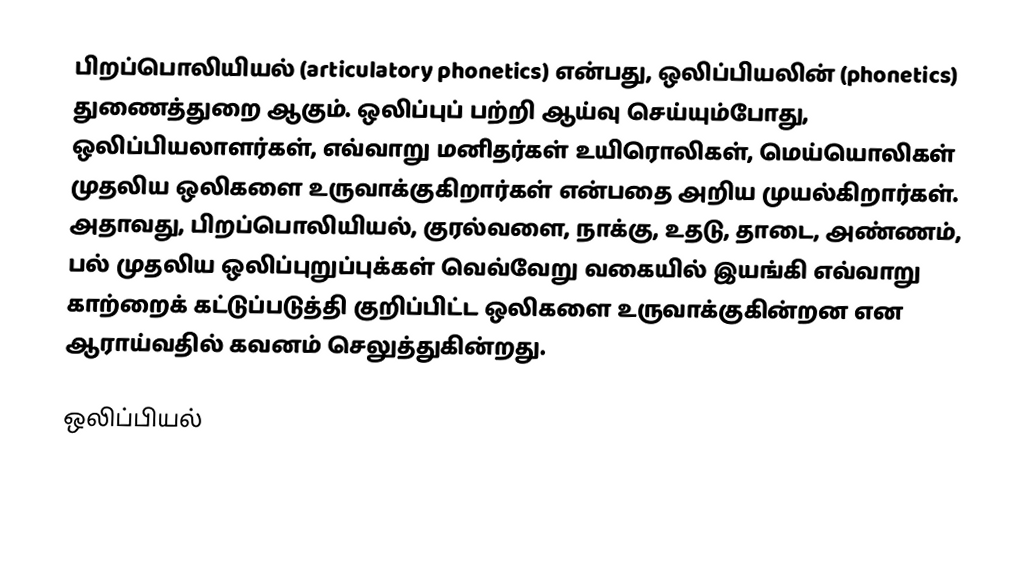
பிறப்பொலியியல் (articulatory phonetics) என்பது, ஒலிப்பியலின் (phonetics) துணைத்துறை ஆகும். ஒலிப்புப் பற்றி ஆய்வு செய்யும்போது, ஒலிப்பியலாளர்கள், எவ்வாறு மனிதர்கள் உயிரொலிகள், மெய்யொலிகள் முதலிய ஒலிகளை உருவாக்குகிறார்கள் என்பதை அறிய முயல்கிறார்கள். அதாவது, பிறப்பொலியியல், குரல்வளை, நாக்கு, உதடு, தாடை, அண்ணம், பல் முதலிய ஒலிப்புறுப்புக்கள் வெவ்வேறு வகையில் இயங்கி எவ்வாறு காற்றைக் கட்டுப்படுத்தி குறிப்பிட்ட ஒலிகளை உருவாக்குகின்றன என ஆராய்வதில் கவனம் செலுத்துகின்றது.

ஒலிப்பியல்